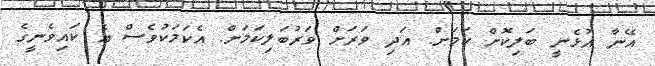
އޭނާ އުޅެނީ ބަލިކޮށް ކަމަށް. އަދި ވަރަށް ވަރުބަލިކަމަށް. އެކަމަކުވެސް އެ ކައިވެނީގެ